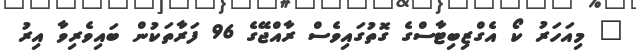
" މިއަހަރު ކޯ އެގްޒިބިޓާސްގެ ގޮތުގައިވެސް ރާއްޖޭގެ 96 ފަރާތަކުން ބައިވެރިވާ އިރު